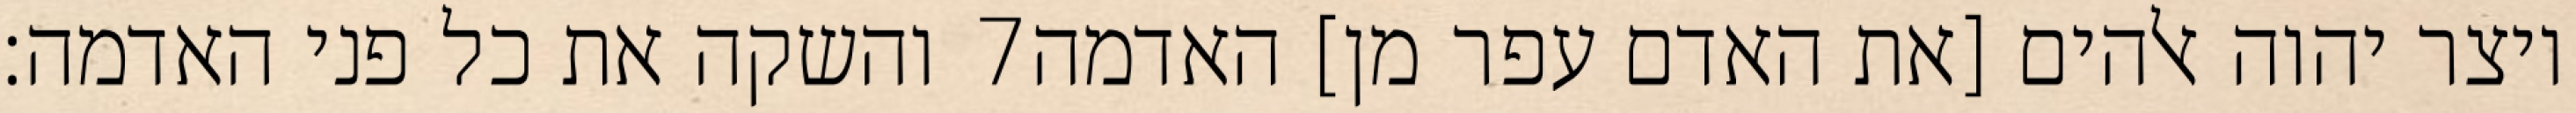
והשקה את כל פני האדמה׃ ‎7‏ ויצר יהוה אלהים [את האדם עפר מן] האדמה